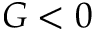
G < 0